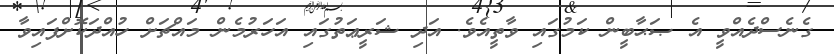
ގެނެސްދެއްވީ އެ ޞަޙާބީން ކަމުގައި ވާތީއެވެ. އަދި ޝަރީޢަތުގައި އަހަރުމެން މައްޗަށް ހުއްދަކޮށްފައިވާ